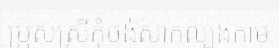
ប្រុសស្រីកុំចង់សាកល្បងកាម